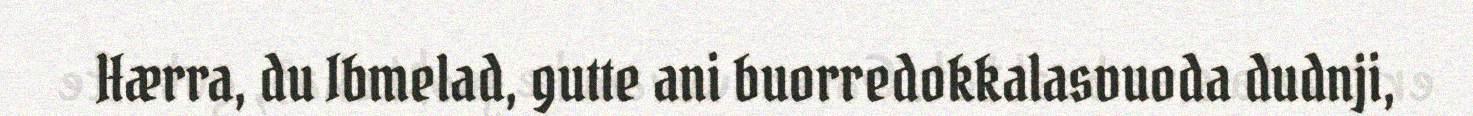
Hærra, du Ibmelad, gutte ani buorredokkalasvuoda dudnji,